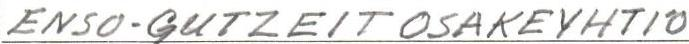
ENSO-GUTZEIT OSAKEYHTIÖ